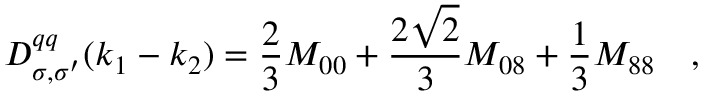
D _ { \sigma , \sigma ^ { \prime } } ^ { q q } ( k _ { 1 } - k _ { 2 } ) = \frac 2 3 M _ { 0 0 } + \frac { 2 \sqrt 2 } 3 M _ { 0 8 } + \frac 1 3 M _ { 8 8 } \quad ,